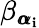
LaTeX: \beta_{{\pmb{\alpha}}_{\mathbf{i}}}